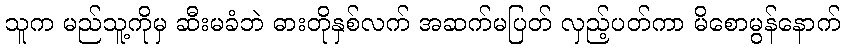
သူက မည်သူ့ကိုမှ ဆီးမခံဘဲ ဓားတိုနှစ်လက် အဆက်မပြတ် လှည့်ပတ်ကာ မိစောမွန်နောက်